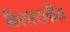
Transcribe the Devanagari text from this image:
क्रिसस्टलीय